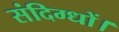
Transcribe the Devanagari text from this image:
संदिग्धों।